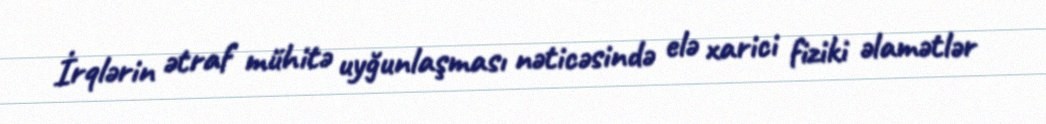
İrqlərin ətraf mühitə uyğunlaşması nəticəsində elə xarici fiziki əlamətlər